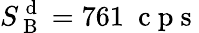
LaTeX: S_{\mathrm{~B~}}^{\mathrm{~d~}}=761\ \mathrm{~c~p~s~}